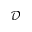
\mathcal { D }